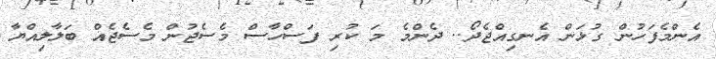
އެންމެފަހުން ގުޅަން އެނގިއްޖެދޯ.. ދެންމެ މަ ކުރި ފަސްހާސް މެސެޖުން މެސެޖެއް ބަލާލިއްޔާ